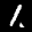
Label: 1